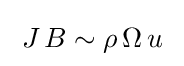
\;J\,B\sim \rho \,\Omega \,u\;